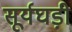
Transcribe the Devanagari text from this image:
सूर्यघड़ी